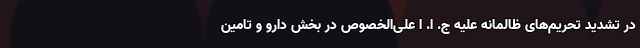
در تشدید تحریم‌های ظالمانه علیه ج. ا. ا علی‌الخصوص در بخش دارو و تامین